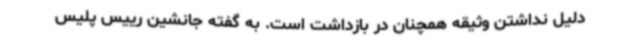
دلیل نداشتن وثیقه همچنان در بازداشت است. به گفته جانشین رییس پلیس